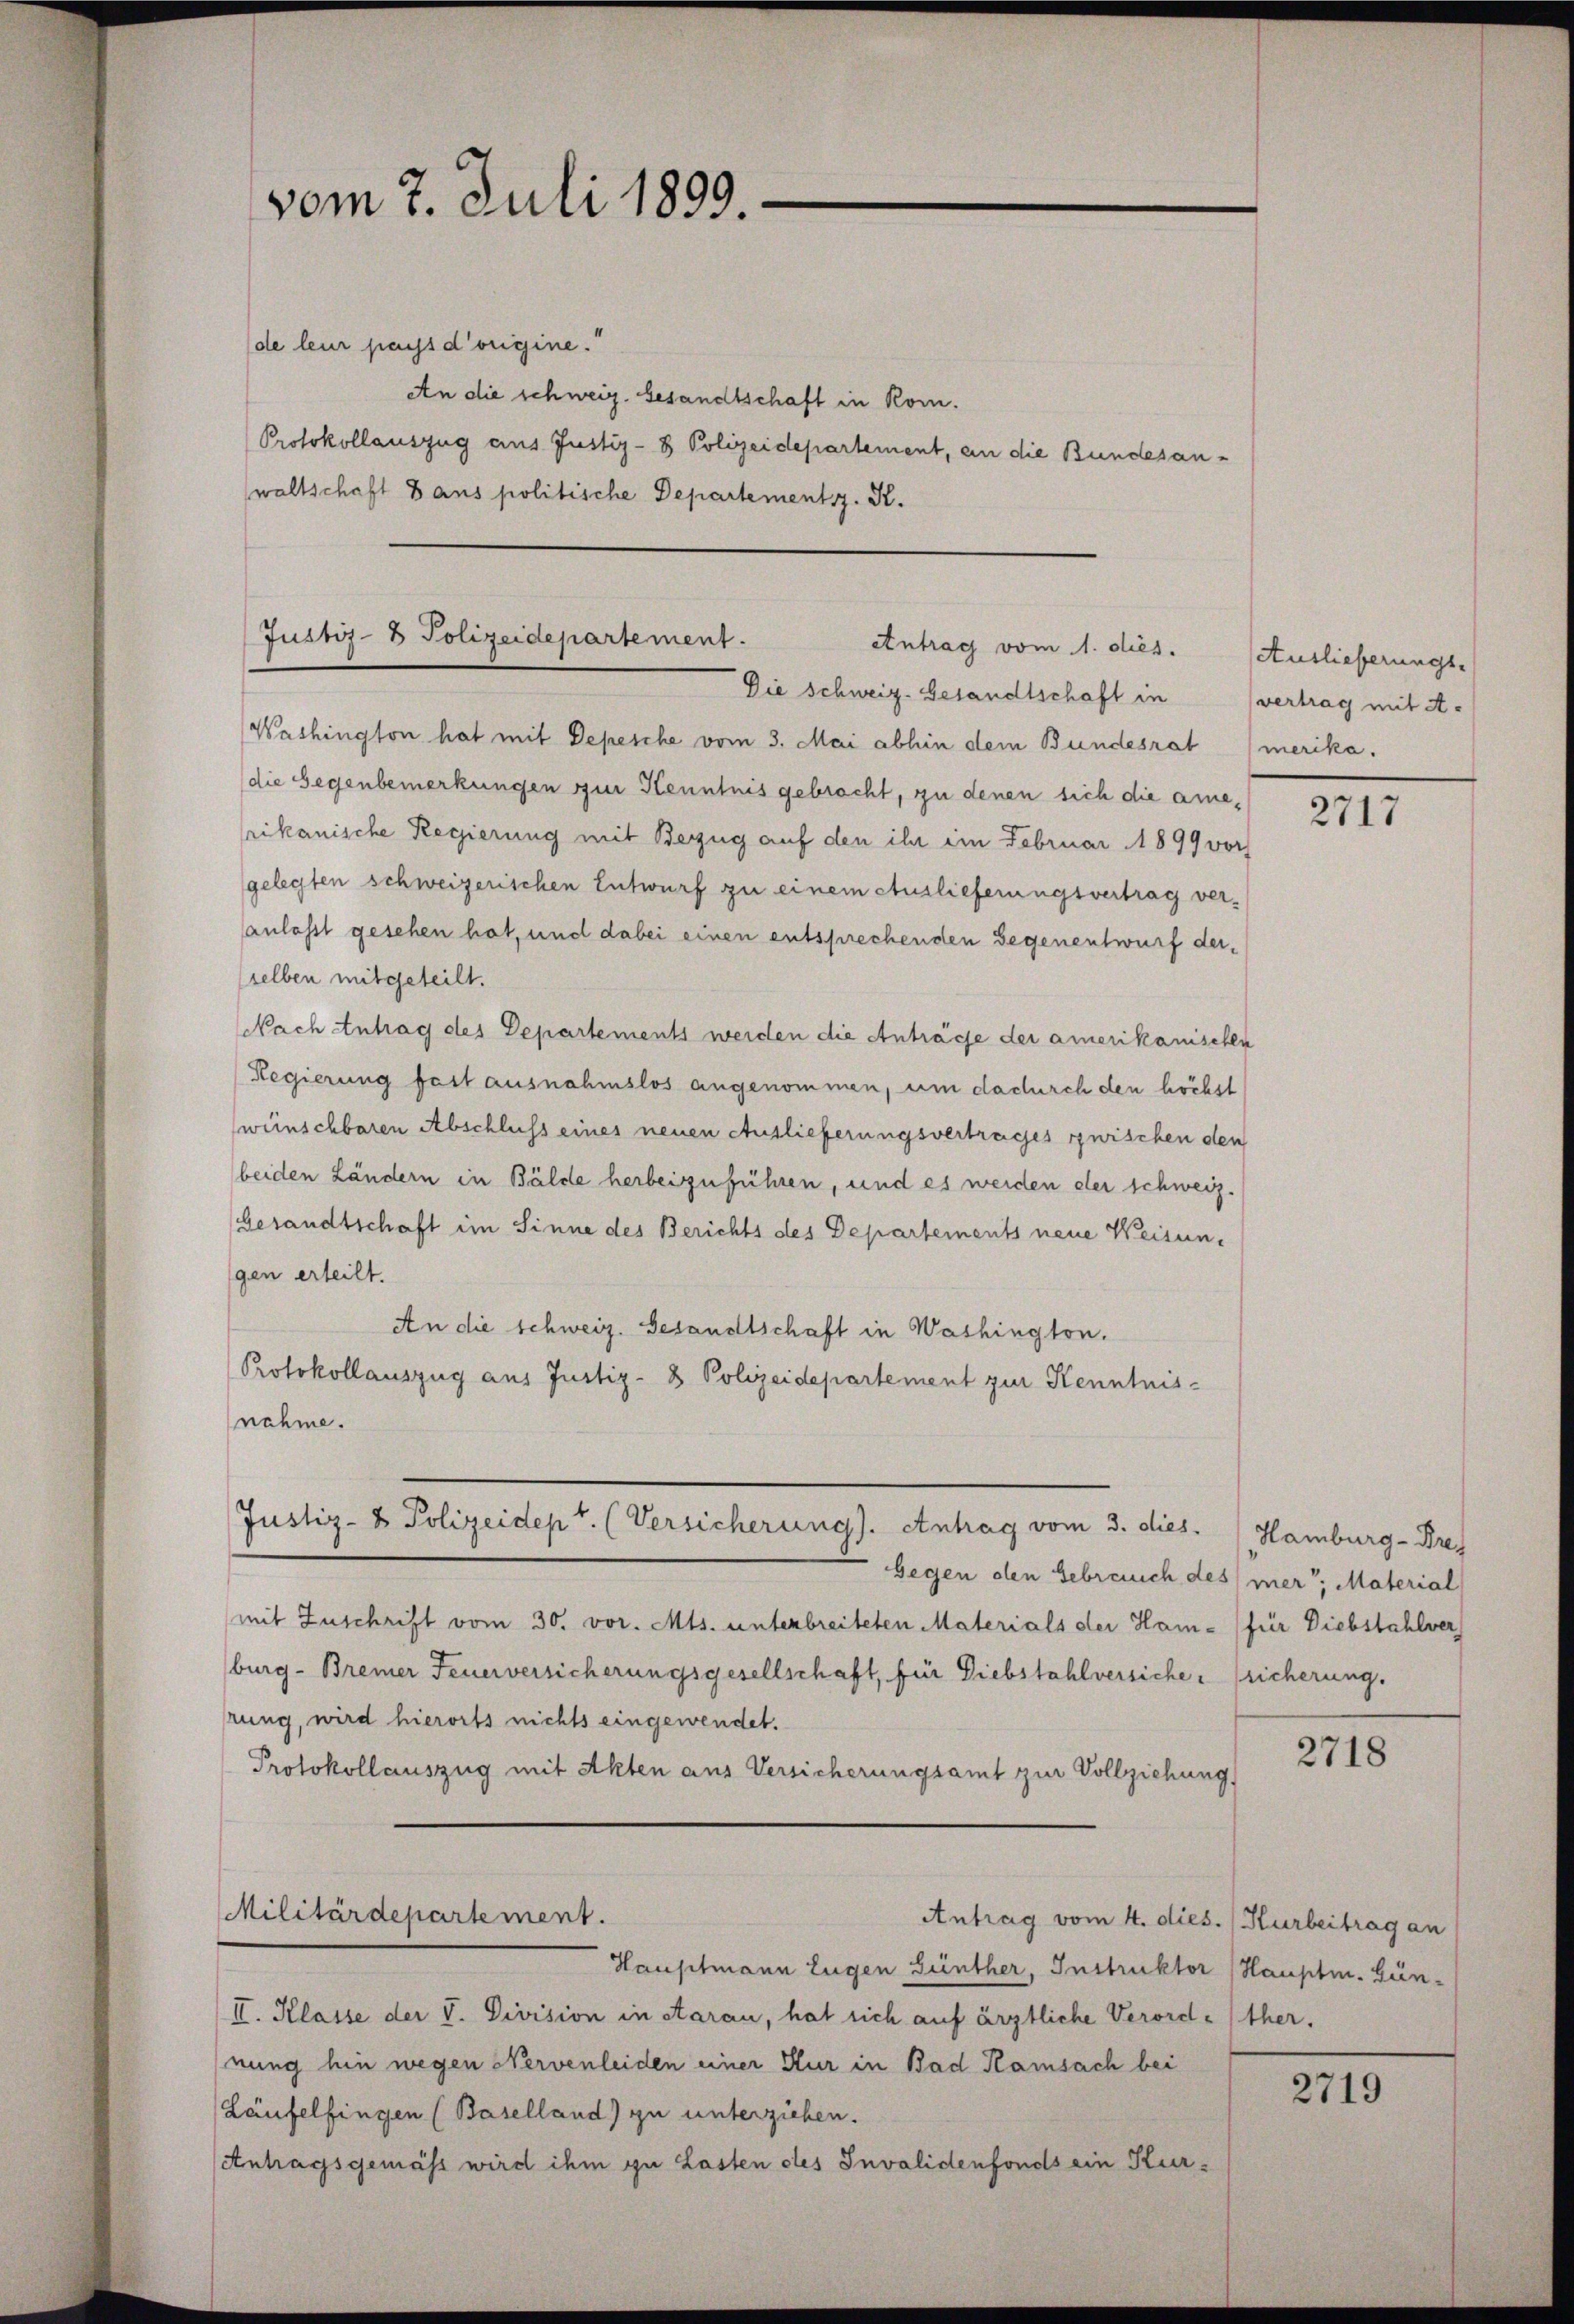
vom 7. Juli 1899.

de leur pays d’origine.
An die schweiz. Gesandtschaft in Rom.
Protokollauszug aus Justiz- & Polizeidepartement, an die Bundesanwaltschaft dans politische Departementsz. K.

Justiz- & Polizeidepartement.
Antrag vom 1. dies.
Die Schweiz. Gesandtschaft in vertrag mit A.

Washington hat mit Depesche vom 3. Mai abhin dem Bundesrat (merika.
die Gegenbemerkungen zur Kenntnis gebracht, zu denen sich die amerikanische Regierung mit Bezug auf den ihr im Februar 1899 vor
gelegten schweizerischen Entwurf zu einem Auslieferungsvertrag veranlasst gesehen hat, und dabei einen entsprechenden Gegenentwurf derselben mitgeteilt.
Nach Antrag des Departements werden die Anträge der amerikanischen
Regierung fast ausnahmslos angenommen, um dadurch den höchst
wünschbaren Abschluss eines neuen Auslieferungsvertrages zwischen den
beiden Ländern in Bälde herbeizuführen, und es werden der schweiz.
Gesandtschaft im Sinne des Berichts des Departements neue Weisungen erteilt.
An die schweiz. Gesandtschaft in Washington.
Protokollauszug aus Justiz- & Polizeidepartement zur Kenntnis-
nahme.

Justiz- & Polizeidept. (Versicherung). Antrag vom 3. dies.   Hamburg-Bref

Militärdepartement.

Gegen den Gebrauch des iner, Material
mit Zuschrift vom 30. vor. Mts. unterbreiteten Materials der Ham - für Diebstahlver
burg - Bremer Feuerversicherungsgesellschaft, für Diebstahlversiche sicherung.
rung, wird hierorts nichts eingewendet.
Protokollauszug mit Akten aus Versicherungsamt zur Vollziehung

Antrag vom 4. dies. (Kurbeitrag an

Hauptmann Eugen Günther, Instruktor (Hauptm. Gün¬
II. Klasse der V. Division in Aarau, hat sich auf ärztliche Verord- (ther.
nung hin wegen Nervenleiden einer Kur in Bad Kamsach bei
Läufelfingen (Baselland) zu unterziehen.
Antragsgemäss wird ihm zu Lasten des Invalidenfonds ein Kur¬

Auslieferungs-

2717

2718

2719